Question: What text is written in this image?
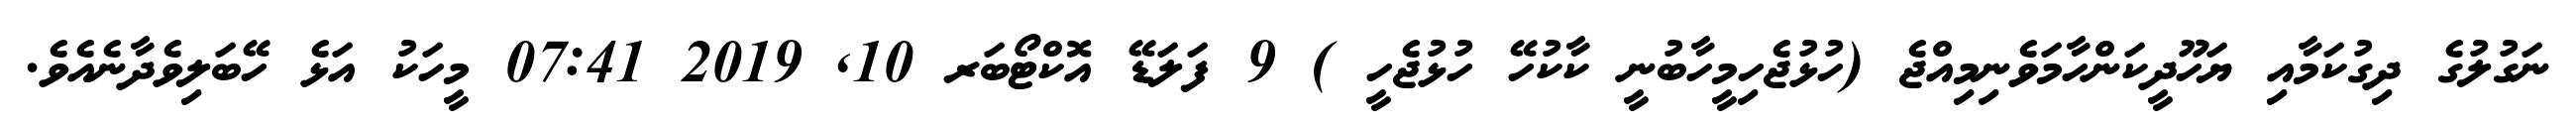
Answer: ނަގުލުގެ ދިގުކަމާއި ޔަހޫދީކަންހާމަވެނިމިއްޖެ (ހުޅުޖެހިމީހާބުނީ ކާކުހޭ ހުޅުޖެހީ ) 9 ފަލަޑޭ އޮކްޓޯބަރ 10, 2019 07:41 މީހަކު އަޅެ ހޭބަލިވެދާނެއެވެ.